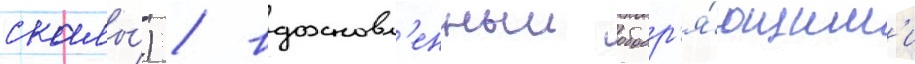
скалы́) / вдохновл'енныи ободр'я́ющим'и